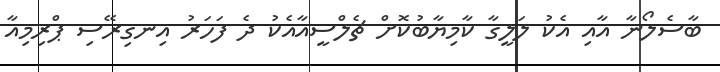
ބާސެލޯނާ އާއި އެކު ލަލީގާ ކާމިޔާބުކޮށް ޗެލްސީއާއެކު ދެ ފަހަރު އިނގިރޭސި ޕްރިމިއާ